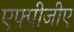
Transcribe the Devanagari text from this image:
एफ्पीजीए